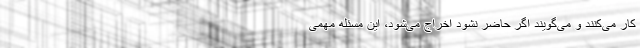
کار می‌کنند و می‌گویند اگر حاضر نشود اخراج می‌شود، این مسئله مهمی